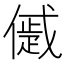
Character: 𠏔